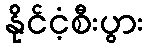
နိုင်ငံ့စီးပွား